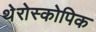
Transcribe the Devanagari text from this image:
थेरोस्कोपिक